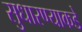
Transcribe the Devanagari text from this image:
सुधारण्याकडे